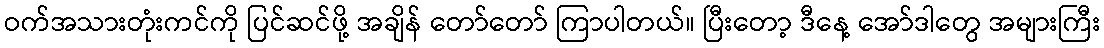
ဝက်အသားတုံးကင်ကို ပြင်ဆင်ဖို့ အချိန် တော်တော် ကြာပါတယ်။ ပြီးတော့ ဒီနေ့ အော်ဒါတွေ အများကြီး